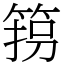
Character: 箉